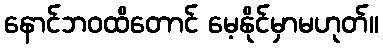
နောင်ဘဝထိတောင် မေ့နိုင်မှာမဟုတ်။